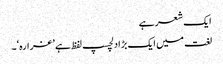
ایک شعر ہے
لغت میں ایک بڑا دلچسپ لفظ ہے ’غرارہ‘۔